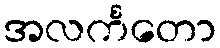
အလင်္ကတော